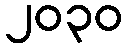
၂၀၃၀